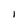
Character: l